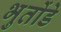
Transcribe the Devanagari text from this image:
भुतोंडे